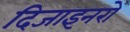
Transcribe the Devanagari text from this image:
दिजाइनरों